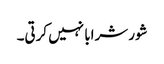
شور شرابا نہیں کرتی۔